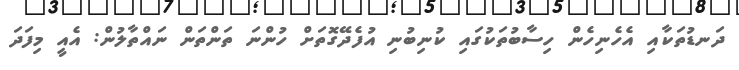
ދަނޑުތަކާއި އެހެނިހެން ހިސާބުތަކުގައި ކުނިބުނި އުފެދޭގޮތަށް ހުންނަ ތަންތަން ނައްތާލުން: އެއީ މިފަދަ